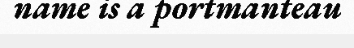
name is a portmanteau